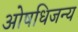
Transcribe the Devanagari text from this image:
ओषधिजन्य